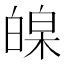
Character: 𤾏